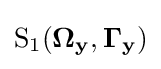
{\text{S}}_{1}(\mathbf {\Omega _{y}} ,\mathbf {\Gamma _{y}} )